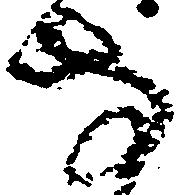
方